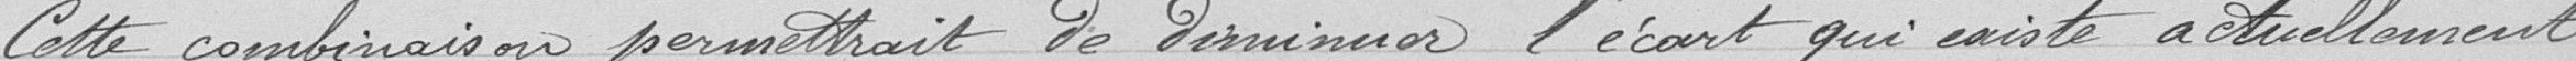
Cette combinaison permettrait de diminuer l'écart qui existe actuellement